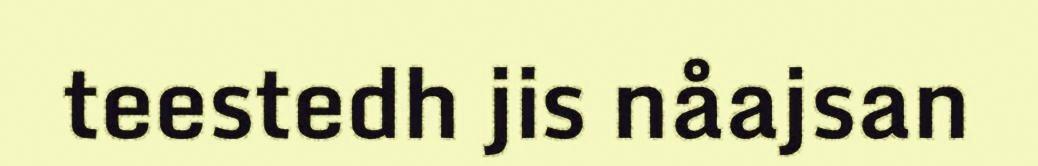
teestedh jis nåajsan